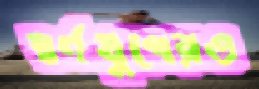
স্বর্ণযুগেরও